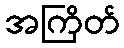
အကြိတ်